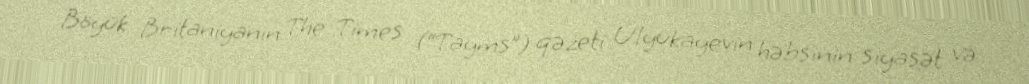
Böyük Britaniyanın The Times (“Tayms”) qəzeti Ulyukayevin həbsinin siyasət və